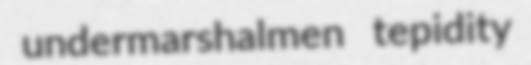
undermarshalmen tepidity